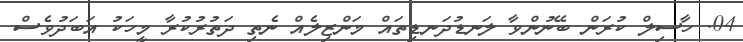
04. ހާސިލް ކުރަން ބޭނުންވާ ލަނޑުދަނޑިތައް މަންޒިލެއް ނެތި ދަތުރުކުރާ މީހަކު އަބަދުވެސް